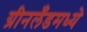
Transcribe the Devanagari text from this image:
ग्रीनलँडमध्ये